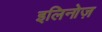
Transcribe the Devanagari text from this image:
इलिनोज़